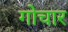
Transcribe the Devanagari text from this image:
गोचार